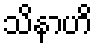
သိနာဟိ